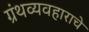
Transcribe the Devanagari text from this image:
ग्रंथव्यवहाराचे